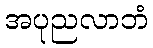
အပုညလာဘံ